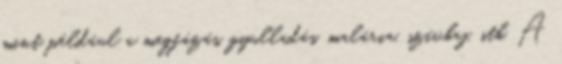
mint például a megfázás, gyulladás, malária, szívbaj, stb. A